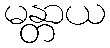
မန္တာယ